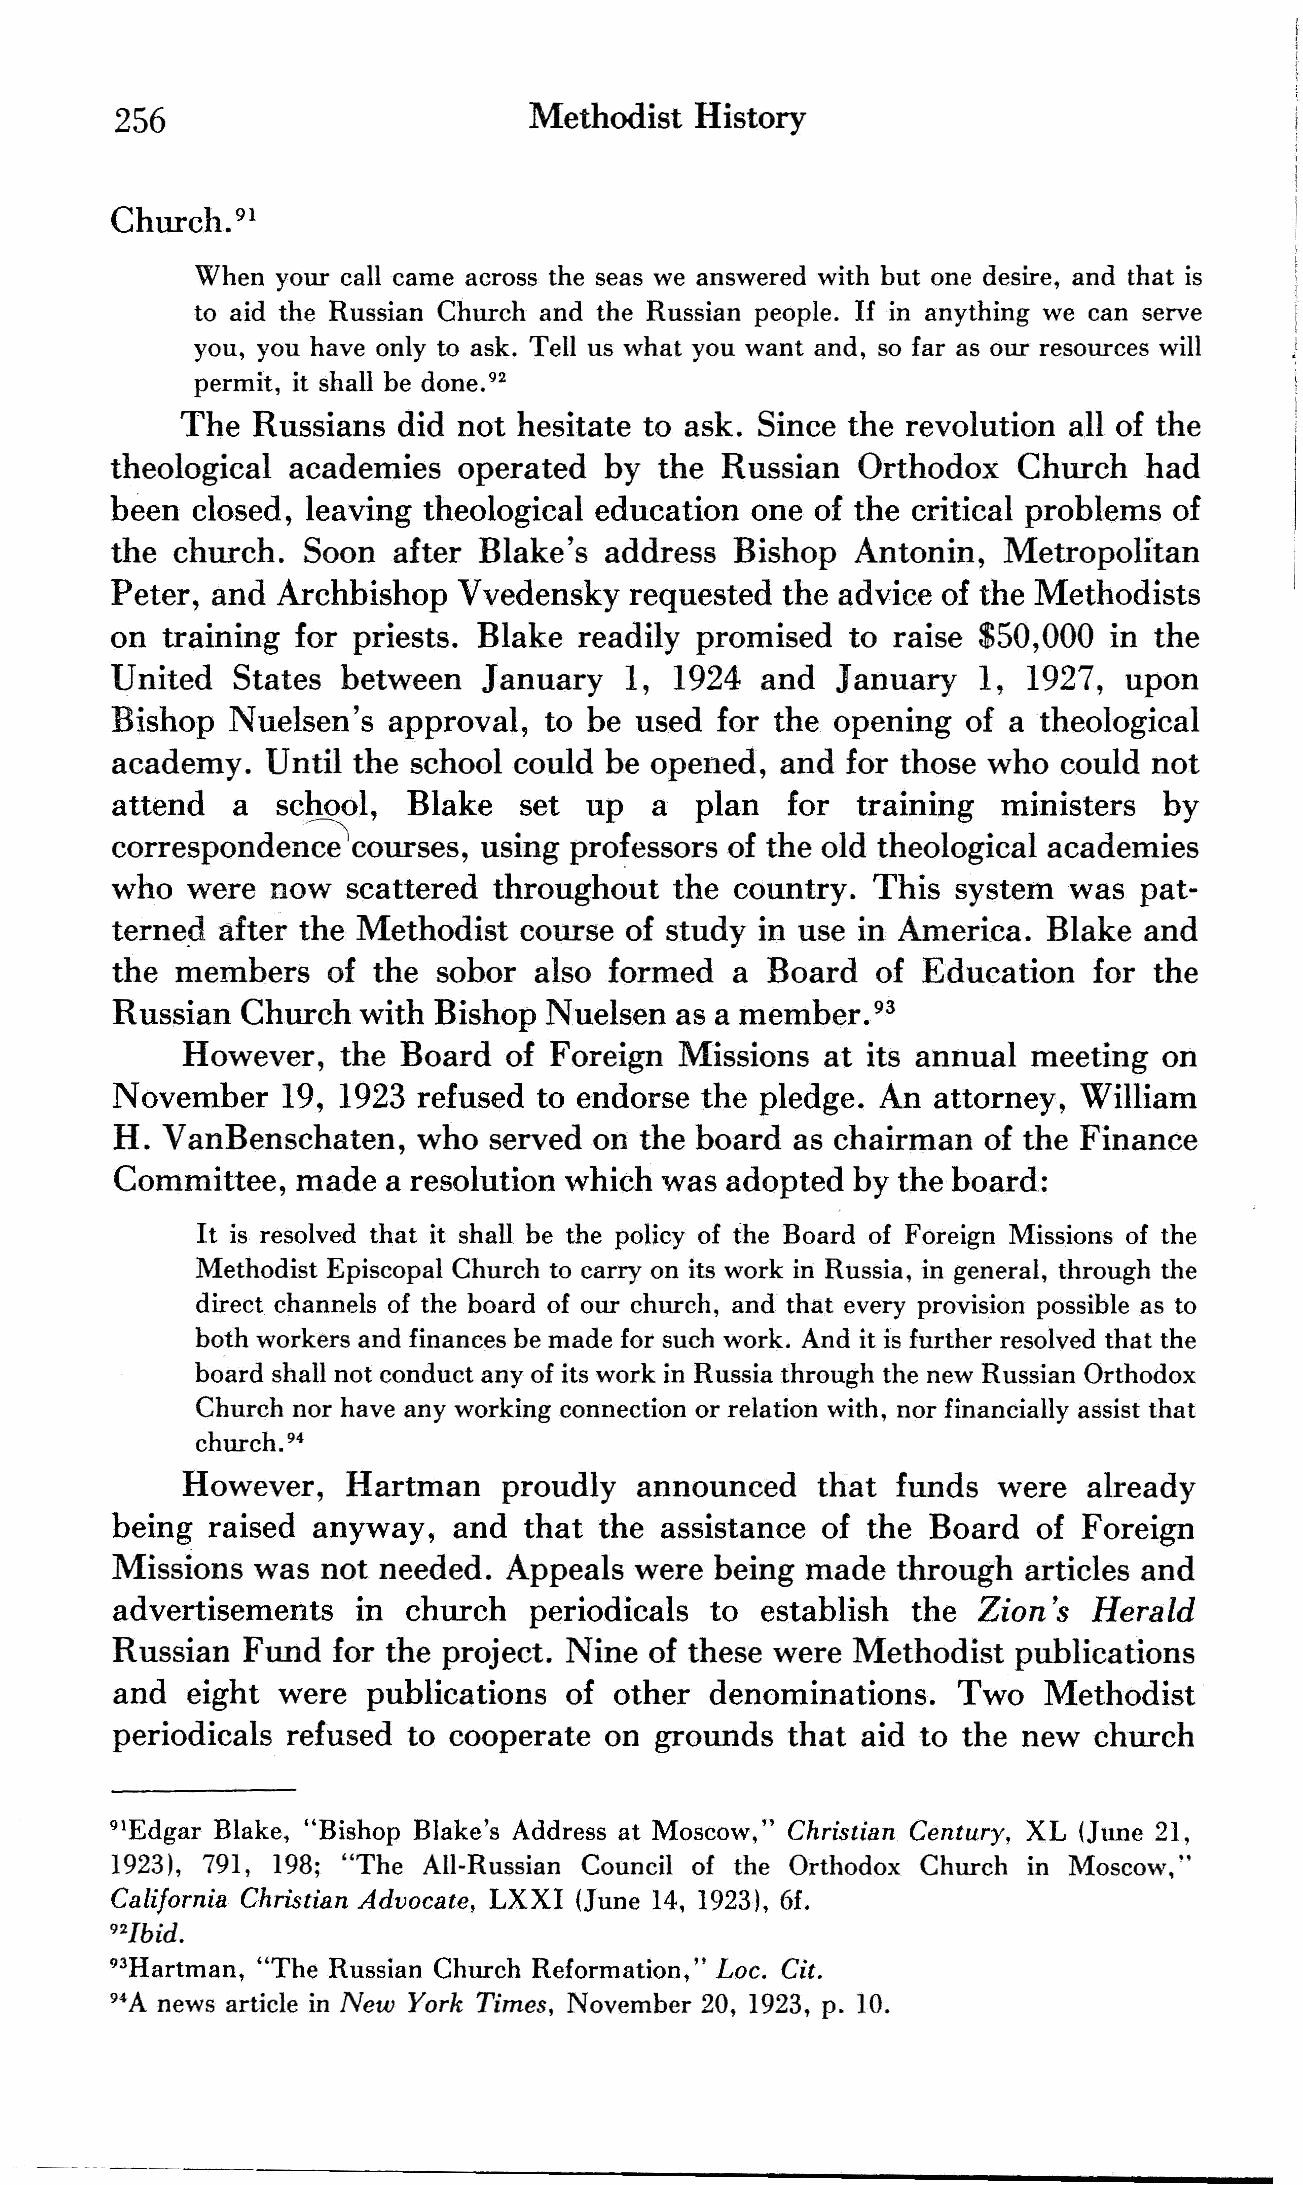
256                        Methodist  History
 Church.91
 When your call came across the seas we answered with but one desire, and that is
 to aid the Russian Church and the Russian people. II in anything we can serve
 you, you have only to ask. Tell us what you want and, so far as our resources will
 92
 permit, it shall be done.
 The  Russians did not hesitate to ask. Since the revolution all of the
 theological academies  operated  by  the Russian  Orthodox  Church   had
 been  closed, leaving theological education one of the critical problems of
 the church.  Soon  after Blake's address  Bishop  Antonin, Metropolitan
 Peter, and Archbishop  Vvedensky   requested the advice of the Methodists
 on  training for priests. Blake readily promised to raise $50,000 in the
 United  States  between  January  1,  1924 and  January   1, 1927,  upon
 Bishop  Nuelsen's  approval, to be used for the opening  of a theological
 academy.   Until the school could be opened, and for those who could not
 attend  a  school,  Blake  set  up  a  plan  for  training ministers  by
 corresponden~courses,
 using professors of the old theological academies
 who  were  now  scattered throughout  the country. This system  was pat
 terne9- after the Methodist course of study in use in America. Blake and
 the  members   of the sobor also formed  a  Board  of Education  for the
 Russian  Church  with Bishop Nuelsen  as a member.
 93
 However,   the Board of Foreign  Missions  at its annual meeting on
 November    19, 1923 refused to endorse the pledge. An attorney, William
 H. VanBenschaten,   who served on the board  as chairman of the Finance
 Committee,   made  a resolution which was adopted by the hoard:
 It is resolved that it shall be the policy of the Board of Foreign Missions of the
 Methodist Episcopal Church to carry on its work in Russia,in general, through the
 direct channels of the board of our church, and tha.tevery provision possible as to
 both workers and finances be made for such work. And it is further resolved that the
 board shall not conduct any of its work in Russia through the new Russian Orthodox
 Church nor have any working connection or relation with, nor financially assist that
 church.94
 However,   Hartman   proudly  announced   that funds  were  already
 being  raised anyway,  and  that the assistance of the Board  of Foreign
 Missions  was not needed. Appeals  were being made  through  articles and
 advertisements   in church  periodicals to establish the  Zion's Herald
 Russian  Fund  for the project. Nine of these were Methodist publications
 and  eight were  publications of  other denominations.  Two   Methodist
 periodicals refused to cooperate on grounds  that aid to the new church
 91Edgar Blake, "Bishop Blake's Address at Moscow," Christian Century, XL (June 21,
 19231, 791, 198; "The All-Russian Council of the Orthodox Church in Moscow,"
 California Christian Advocate, LXXI (June 14, 19231, 6f.
 92Ibid.
 93Hartman, "The Russian Church Reformation," Loc. Cit.
 94A news article in New York Times, November 20, 1923, p. 10.
 --------------------------------